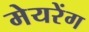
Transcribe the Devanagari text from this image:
मेयरेंग